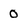
Character: O